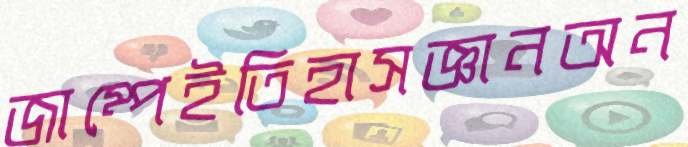
জাম্পেইতিহাসজ্ঞানঅন